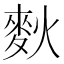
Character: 𪌌